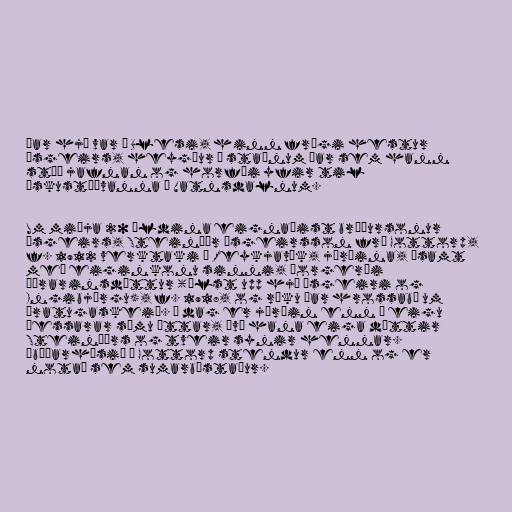
Þar hjá var í Blesi, hinn frægi hestur
Ásgeirs, heygður á staðnum þar sem hann
stóð jafnan og horfði yfir til
æskustöðvanna í Vatnsdalnum.

Um miðja 20 öldina eignaðist bróðursonur
Ásgeirs, Steinþór Ásgeirsson frá Gottorp,
f. 1912 verktaki í Reykjavík, jörðina, ásamt
með eiginkonu sinni, Þorgerði
Þórarinsdóttur (ólst upp hjá Ásgeiri og
Ingibjörgu), f. 1918, og ráku þar hrossabú um
áratugaskeið. Í dag er jörðin enn í eigu
þessarar sömu ættar, því hana eiga dóttir
Steinþórs og tveir synir hennar.
Íbúðarhúsið í Gottorp stendur enn og er
notað sem sumarbústaður.